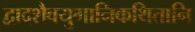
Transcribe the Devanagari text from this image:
द्वादशैवयुगानिकथितानि